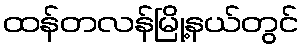
ထန်တလန်မြို့နယ်တွင်